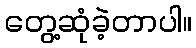
တွေ့ဆုံခဲ့တာပါ။